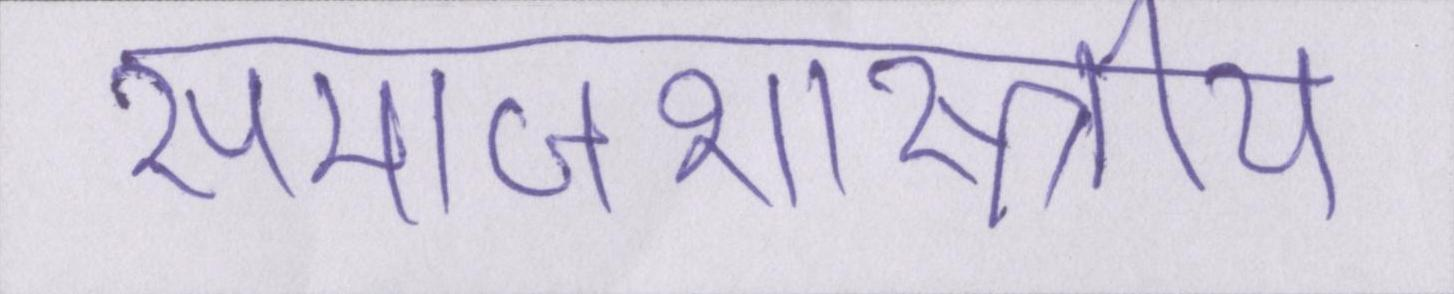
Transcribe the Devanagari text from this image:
समाजशास्त्राीय